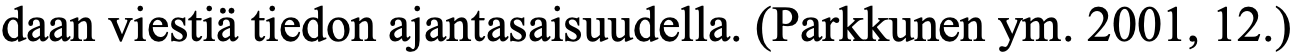
daan viestiä tiedon ajantasaisuudella. (Parkkunen ym. 2001, 12.)